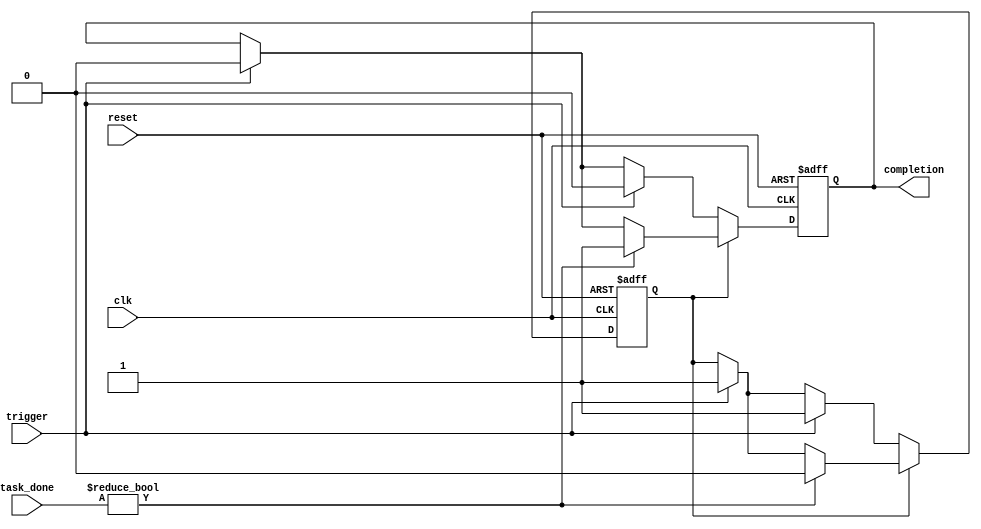
module ForkJoinAny #(
    parameter NUM_TASKS = 4 // Define the number of tasks
)(
    input wire clk,                   // Clock signal
    input wire reset,                 // Asynchronous reset
    input wire trigger,               // Trigger signal to start the tasks
    input wire [NUM_TASKS-1:0] task_done, // Completion signals for each task
    output reg completion             // Completion signal
);

    // Internal state to track completion
    reg [NUM_TASKS-1:0] task_status; // Task status: 1 for completed, 0 for active

    // State to indicate if the Fork-Join Any block is active
    reg active;

    // Always block triggered on clock edge
    always @(posedge clk or posedge reset) begin
        if (reset) begin
            // Reset all internal states
            task_status <= 0;
            active <= 0;
            completion <= 0;
        end else begin
            if (trigger) begin
                // Start the fork operation
                task_status <= {NUM_TASKS{1'b0}}; // Initialize all tasks as active
                active <= 1; // Set active flag
                completion <= 0; // Reset completion signal
            end
            
            if (active) begin
                // Monitor the task completion signals
                if (task_done != 0) begin
                    // If any task is completed
                    task_status <= task_done; // Update task status
                    completion <= 1; // Assert completion signal
                    active <= 0; // Deactivate after completion
                end
            end else begin
                // If already completed, wait for a new trigger to reset
                if (trigger) begin
                    // Prepare for next fork operation
                    task_status <= {NUM_TASKS{1'b0}};
                    completion <= 0;
                    active <= 1;
                end
            end
        end
    end

endmodule